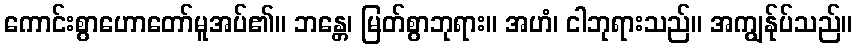
ကောင်းစွာဟောတော်မူအပ်၏။ ဘန္တေ၊ မြတ်စွာဘုရား။ အဟံ၊ ငါဘုရားသည်။ အကျွန်ုပ်သည်။